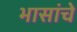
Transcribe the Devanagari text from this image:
भासांचे